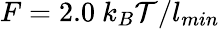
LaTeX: F=2.0~k_{B}\mathcal{T}/l_{min}